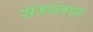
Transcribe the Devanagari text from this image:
सॅमसनच्या